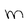
Character: m